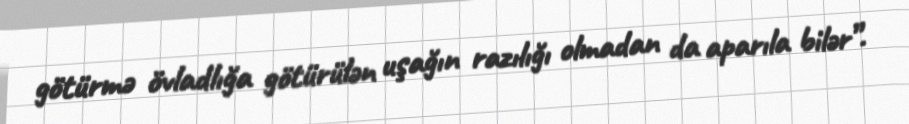
götürmə övladlığa götürülən uşağın razılığı olmadan da aparıla bilər”.